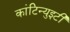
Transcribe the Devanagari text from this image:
कांटिन्युइटी